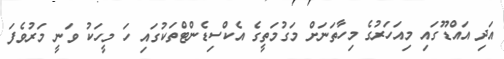
އަދި އައްޑޫގައި މިއަހަރުގެ މިހާތަނަށް މަގުމަތީގެ އެކްސިޑެންޓްތަކުގައި ހަ މީހަކު ވަނީ މަރުވެފަ